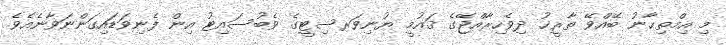
މި އިމްތިޙާނު ބޭއްވޭ ތާރީޚު ދިވެހިރާއްޖޭގެ ޤައުމީ ޔުނިވަރސިޓީގެ ވެބުސައިޓު އިން ފެނިވަޑައިގަންނަވާނެއެވެ.